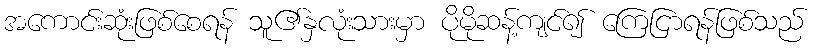
အကောင်းဆုံးဖြစ်စေရန် သူ၏နှလုံးသားမှာ ပိုမိုဆန့်ကျင်၍ ကြေငြာရန်ဖြစ်သည်